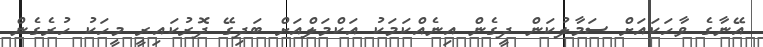
އޭނާގެ ވާހަކައަށް ސަމާލުކަން ދީގެން އިނެއްކަމަކު އަކްމަލްއަށް ބަދިގޭ ދޮރުކައިރީ މީހަކު ހުރެގެން